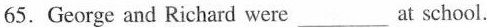
65.George and Richard were ___at school.